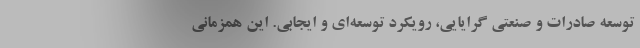
توسعه صادرات و صنعتی گرایایی، رویکرد توسعه‌ای و ایجابی. این همزمانی